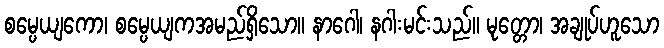
စမ္ပေယျကော၊ စမ္ပေယျကအမည်ရှိသော။ နာဂေါ၊ နဂါးမင်းသည်။ မုတ္တော၊ အချုပ်ဟူသော